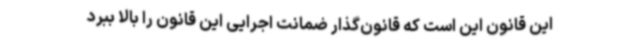
این قانون این است که قانون‌گذار ضمانت اجرایی این قانون را بالا ببرد